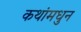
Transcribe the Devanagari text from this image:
कथांमधुन